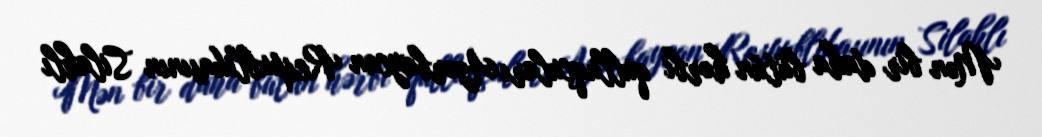
Mən bir daha bütün hərbi qulluqçuları Azərbaycan Respublikasının Silahlı